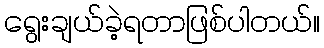
ရွေးချယ်ခဲ့ရတာဖြစ်ပါတယ်။